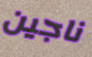
ناجين